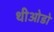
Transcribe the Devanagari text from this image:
थीओडो